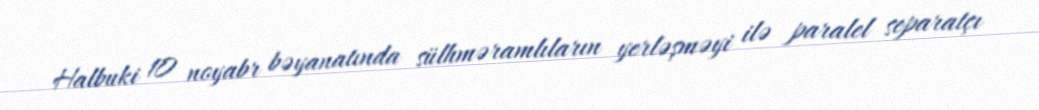
Halbuki 10 noyabr bəyanatında sülhməramlıların yerləşməyi ilə paralel separatçı